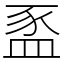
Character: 䀃